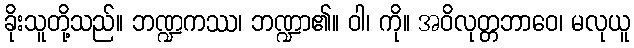
ခိုးသူတို့သည်။ ဘဏ္ဍကဿ၊ ဘဏ္ဍာ၏။ ဝါ၊ ကို။ အဝိလုတ္တဘာဝေ၊ မလုယူ